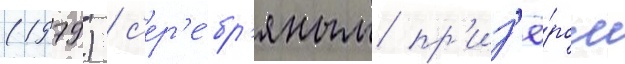
(1979) / с'ер'е́бр'яным пр'из'ё́ром